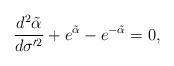
LaTeX: \begin{align*}\frac{d^2\tilde{\alpha}}{d\sigma'^2}+e^{\tilde{\alpha}}-e^{-\tilde{\alpha}}=0,\end{align*}